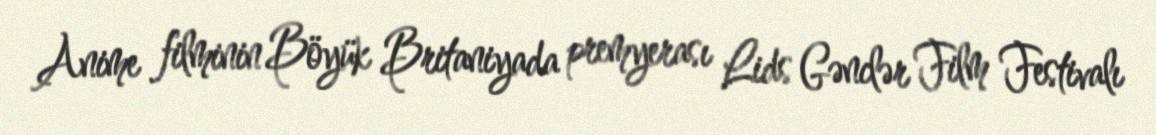
Anime filminin Böyük Britaniyada premyerası Lids Gənclər Film Festivalı